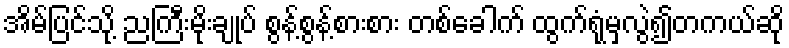
အိမ်ပြင်သို့ ညကြီးမိုးချုပ် စွန့်စွန့်စားစား တစ်ခေါက် ထွက်ရုံမှလွဲ၍တကယ်ဆို